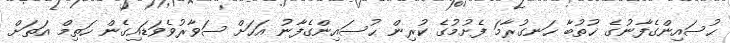
ޙުސައިންގެފާނުގެ ޚުތުބާ ހަނގުރާމަ ފެށުމުގެ ކުރިން ޙުސައިންގެފާނު އަހަށް ސަވާރުވެވަޑައިގެން ހަތިމް އަތަށް